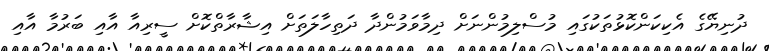
ދުނިޔޭގެ އެކިކަންކޮޅުތަކުގައި މުސްލިމުންނަށް ދިމާވަމުންދާ ދަތިހާލަތަށް އިޝާރާތްކޮށް ސީރިއާ އާއި ބަރުމާ އާއި